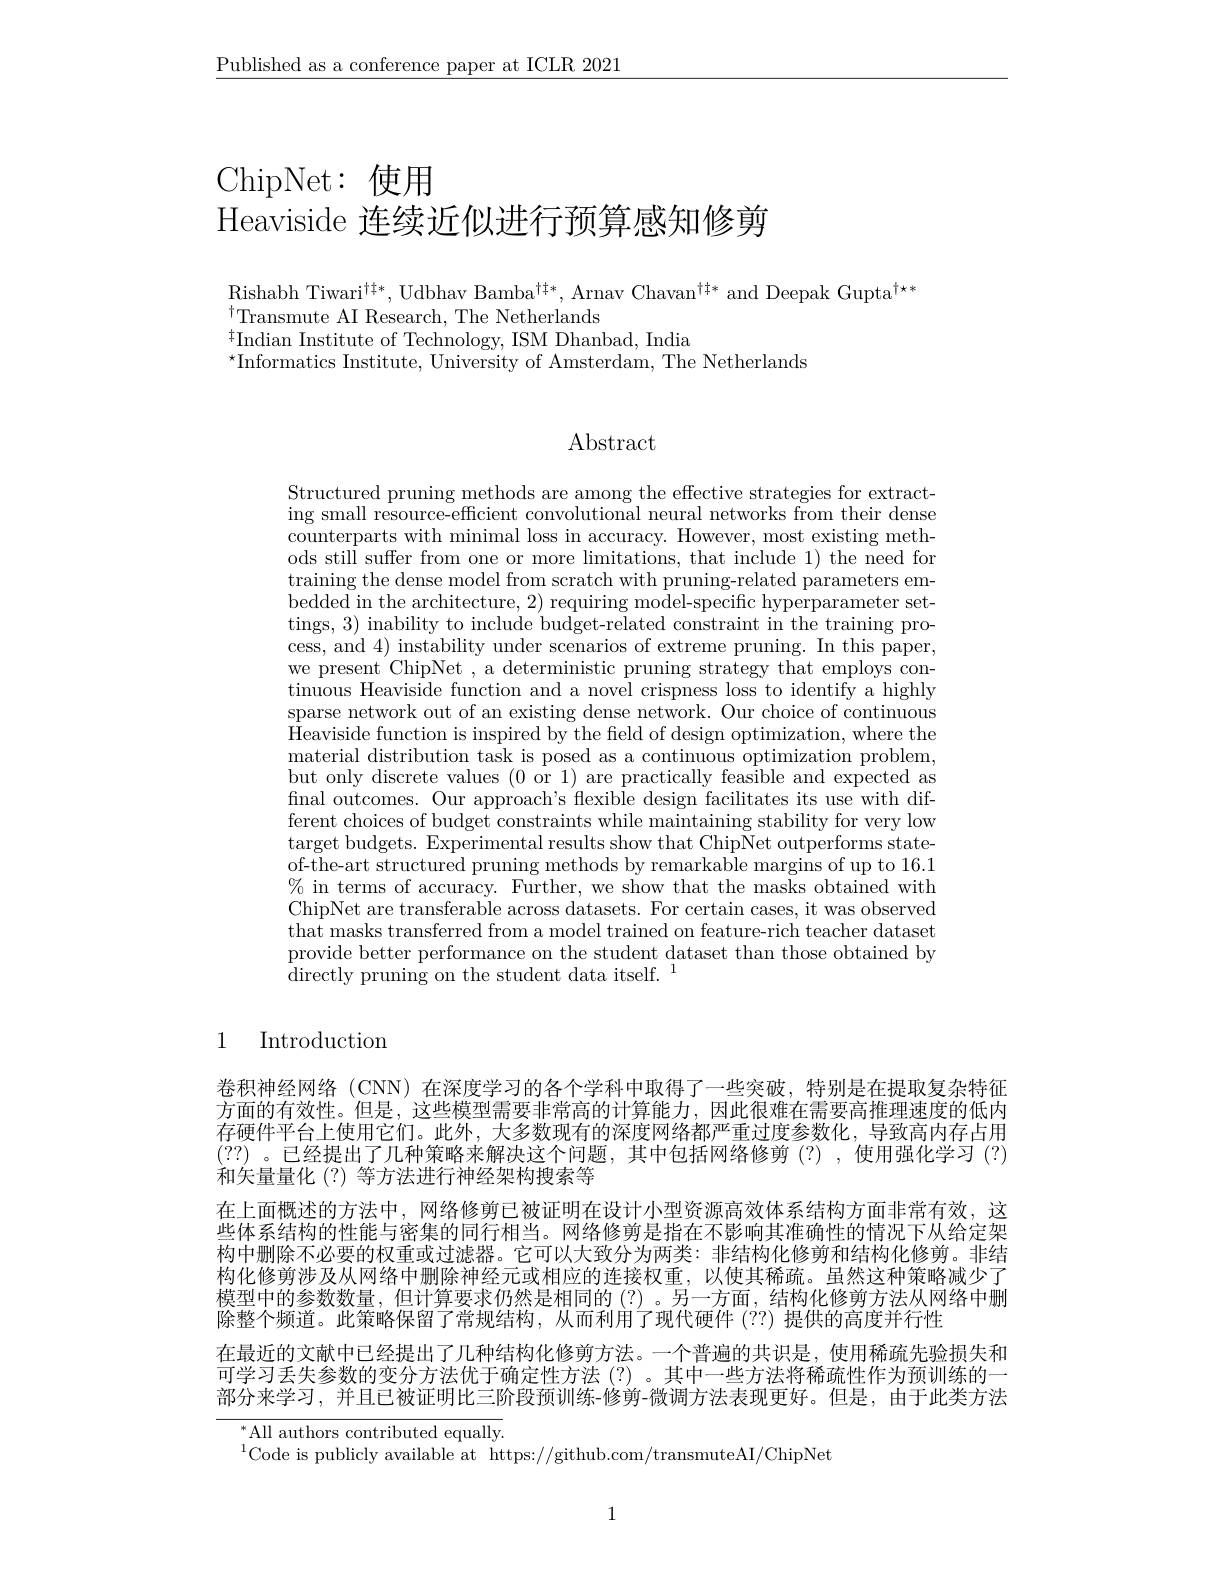
$\underline{\text{Published as a conference paper at ICLR 2021}}$

ChipNet:使用

Heaviside 连续近似进行预算感知修剪

$\mathrm{Rishabh~Tiwari}^{\dagger\dagger*}$, Udbhav Bamba$^\dagger\dagger*$, Arnav Chavan$^\dagger\dagger*$ and Deepak Gupta$^\dagger\star*$
$^{\dagger}$Transmute AI Research, The Netherlands
${^{\dagger }}$Indian Institute of Technology, ISM Dhanbad, India ${^{\dagger }}$Indian Institute of Technology, ISM Dhanbad, India
$^{\star}$Informatics Institute, University of Amsterdam, The Netherlands

# $\operatorname{Abstract}$

Structured pruning methods are among the effective strategies for extracting small resource-efficient convolutional neural networks from their dense counterparts with minimal loss in accuracy. However, most existing methods still suffer from one or more limitations, that include 1) the need for training the dense model from scratch with pruning-related parameters embedded in the architecture, 2) requiring model-specific hyperparameter settings, 3) inability to include budget-related constraint in the training process, and 4) instability under scenarios of extreme pruning. In this paper, we present ChipNet , a deterministic pruning strategy that employs continuous Heaviside function and a novel crispness loss to identify a highly sparse network out of an existing dense network. Our choice of continuous $\dot{\text{Heaviside function is inspired by the field of design optimization, where the}}$ $\operatorname*{material}$ distribution task is posed as a continuous optimization problem, but only discrete values (0 or 1) are practically feasible and expected as final outcomes. Our approach's flexible design facilitates its use with different choices of budget constraints while maintaining stability for very low target budgets. Experimental results show that ChipNet outperforms stateof-the-art structured pruning methods by remarkable margins of up to 16.1 $\%$ in terms of accuracy. Further, we show that the masks obtained with ChipNet are transferable across datasets. For certain cases, it was observed that masks transferred from a model trained on feature-rich teacher dataset provide better performance on the student dataset than those obtained by ${\tilde{\text{directly pruning on the student data itself.}}}^{1}$

1 Introduction

卷积神经网络 (CNN) 在深度学习的各个学科中取得了一些突破，特别是在提取复杂特征方面的有效性。但是，这些模型需要非常高的计算能力，因此很难在需要高推理速度的低内存硬件平台上使用它们。此外，大多数现有的深度网络都严重过度参数化，导致高内存占用(??) 。已经提出了几种策略来解决这个问题，其中包括网络修剪(?),使用强化学习(?) 和矢量量化 (?) 等方法进行神经架构搜索等
在上面概述的方法中，网络修剪已被证明在设计小型资源高效体系结构方面非常有效，这些体系结构的性能与密集的同行相当。网络修剪是指在不影响其准确性的情况下从给定架构中删除不必要的权重或过滤器。它可以大致分为两类：非结构化修剪和结构化修剪。非结构化修剪涉及从网络中删除神经元或相应的连接权重，以使其稀疏。虽然这种策略减少了模型中的参数数量，但计算要求仍然是相同的(?)。另一方面，结构化修剪方法从网络中删除整个频道。此策略保留了常规结构，从而利用了现代硬件 (??) 提供的高度并行性
在最近的文献中已经提出了几种结构化修剪方法。一个普遍的共识是，使用稀疏先验损失和可学习丢失参数的变分方法优于确定性方法(?)。其中一些方法将稀疏性作为预训练的一部分来学习，并且已被证明比三阶段预训练-修剪-微调方法表现更好。但是，由于此类方法

$^{*}$All authors contributed equally.
$^{1}$Code is publicly available at https://github.com/transmuteAI/ChipNet

1